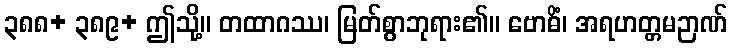
၃၈၈+ ၃၈၉+ ဤသို့။ တထာဂဿ၊ မြတ်စွာဘုရား၏။ ဗောဓိံ၊ အရဟတ္တမဉာဏ်